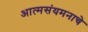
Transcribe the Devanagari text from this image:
आत्मसंयमनाचे